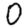
Digit: 0